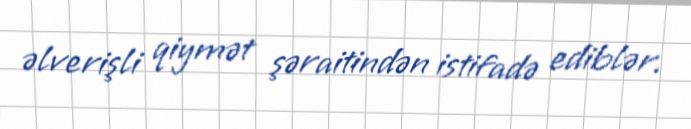
əlverişli qiymət şəraitindən istifadə ediblər.